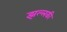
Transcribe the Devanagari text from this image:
झल्लकी